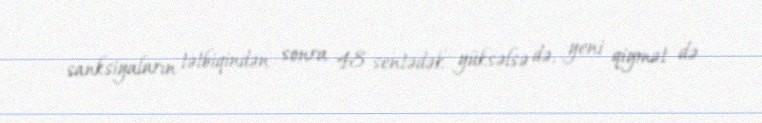
sanksiyaların tətbiqindən sonra 48 sentədək yüksəlsə də, yeni qiymət də